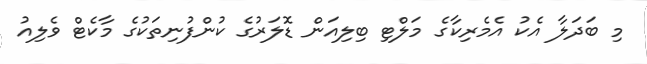
މި ބަދަލާ އެކު އެމެރިކާގެ މަލްޓި ބިލިއަން ޑޮލަރުގެ ކުންފުނިތަކުގެ މާކެޓް ވެލިއު